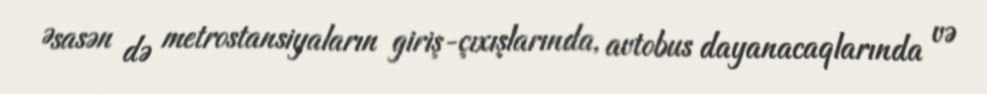
Əsasən də metrostansiyaların giriş-çıxışlarında, avtobus dayanacaqlarında və